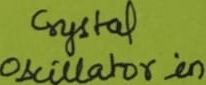
Text: Crystal Oscillator in